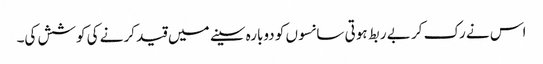
اس نے رک کر بے ربط ہوتی سانسوں کو دوبارہ سینے میں قید کرنے کی کوشش کی۔